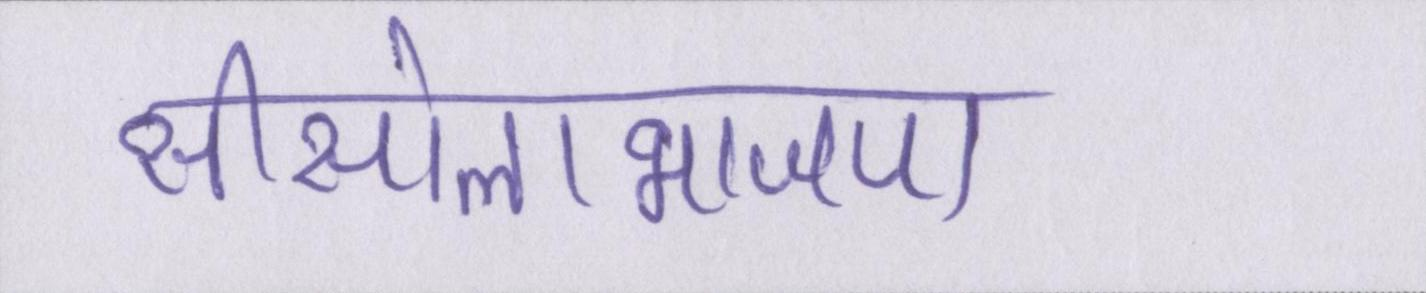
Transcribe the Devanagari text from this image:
सीसोलाभाजपा